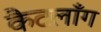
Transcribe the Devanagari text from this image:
कैटलाँग